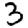
Digit: 3